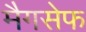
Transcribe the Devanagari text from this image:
मैगसेफ